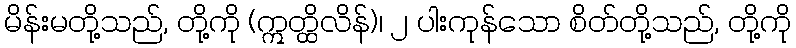
မိန်းမတို့သည်, တို့ကို (ဣတ္ထိလိန်)၊ ၂ ပါးကုန်သော စိတ်တို့သည်, တို့ကို